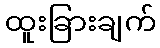
ထူးခြားချက်